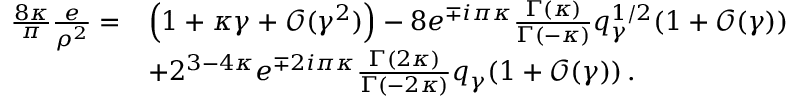
\begin{array} { r l } { \frac { 8 \kappa } { \pi } \frac { e } { \rho ^ { 2 } } = } & { \Big ( 1 + \kappa \gamma + \mathcal { O } ( \gamma ^ { 2 } ) \Big ) - 8 e ^ { \mp i \pi \kappa } \frac { \Gamma ( \kappa ) } { \Gamma ( - \kappa ) } q _ { \gamma } ^ { 1 / 2 } ( 1 + \mathcal { O } ( \gamma ) ) } \\ & { + 2 ^ { 3 - 4 \kappa } e ^ { \mp 2 i \pi \kappa } \frac { \Gamma ( 2 \kappa ) } { \Gamma ( - 2 \kappa ) } q _ { \gamma } ( 1 + \mathcal { O } ( \gamma ) ) \, . } \end{array}